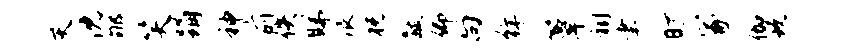
灭沈郇笑踊神前佚睇浪祝黻仰向徉簟祠聿旷冢伽玩